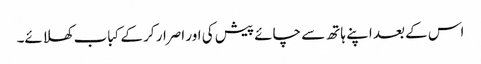
اس کے بعد اپنے ہاتھ سے چائے پیش کی اور اصرار کر کے کباب کھلائے۔